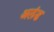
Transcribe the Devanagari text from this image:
अलंड